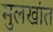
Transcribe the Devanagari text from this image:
मुलखांत